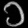
Digit: ၁